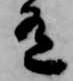
有